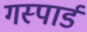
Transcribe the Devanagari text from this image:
गस्पार्ड